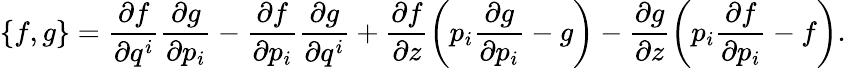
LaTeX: \lbrace f,g\rbrace=\frac{\partial f}{\partial q^{i}}\frac{\partial g}{\partial p_{i}}-\frac{\partial f}{\partial p_{i}}\frac{\partial g}{\partial q^{i}}+\frac{\partial f}{\partial z}\left(p_{i}\frac{\partial g}{\partial p_{i}}-g\right)-\frac{\partial g}{\partial z}\left(p_{i}\frac{\partial f}{\partial p_{i}}-f\right).